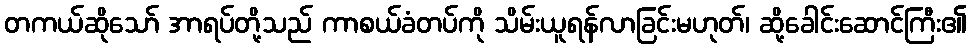
တကယ်ဆိုသော် အာရပ်တို့သည် ကာစယ်ခံတပ်ကို သိမ်းယူရန်လာခြင်းမဟုတ်၊ ဆို့ခေါင်းဆောင်ကြီး၏